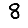
Digit: 8